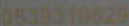
0530310629